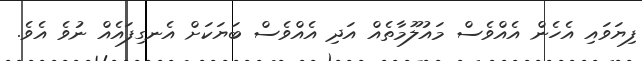
ފިޔަވައި އެހެން އެއްވެސް މައުލޫމާތެއް އަދި އެއްވެސް ބަޔަަކަށް އެނގިފައެއް ނުވެ އެވެ.